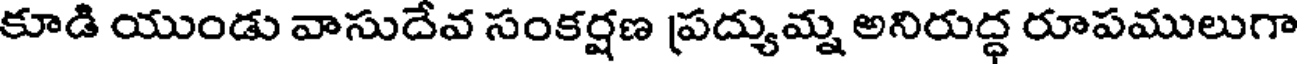
కూడి యుండు వాసుదేవ సంకర్షణ ప్రద్యుమ్న అనిరుద్ధ రూపములుగా